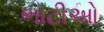
ભાટીઓ